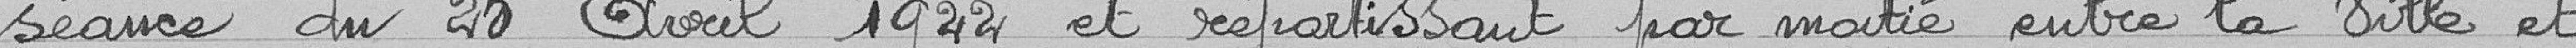
séance du 25 avril 1922 et répartissant par moitié entre la Ville et